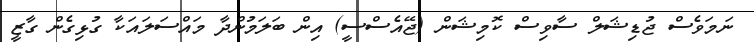
ނަމަވެސް ޖުޑިޝަލް ސާވިސް ކޮމިޝަން (ޖޭއެސްސީ) އިން ބަލަމުންދާ މައްސަލައަކާ ގުޅިގެން ގާޒީ